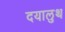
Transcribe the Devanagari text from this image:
दयालुथ